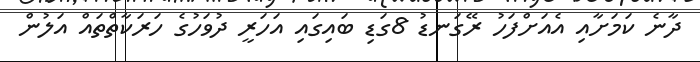
ދާނެ ކަމަށާއި އެއަށްފަހު ރޭގަނޑު 8ގަޑި ބައިގައި އަހަރީ ދުވަހުގެ ހަރަކާތްތައް އަލުން